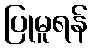
ပြုမူရန်